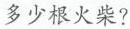
多少根火柴?